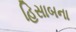
હિસાબના